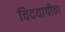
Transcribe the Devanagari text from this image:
विदयापीठा